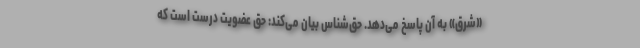
«شرق» به آن پاسخ می‌دهد.‌ حق‌شناس بیان می‌كند: حق عضویت درست است كه